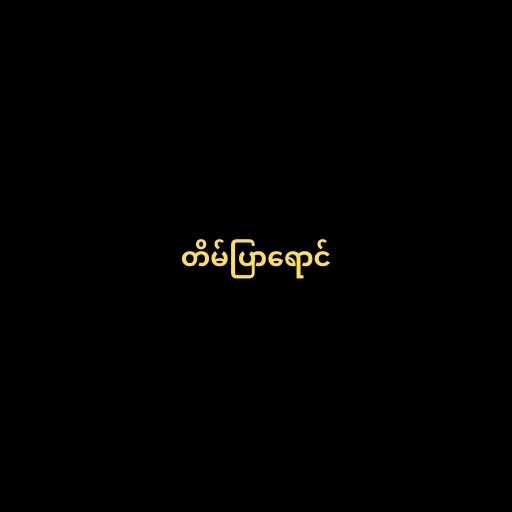
တိမ်ပြာရောင်